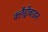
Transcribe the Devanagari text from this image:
क्लैड्रीबाइन